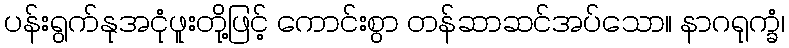
ပန်းရွက်နုအငုံဖူးတို့ဖြင့် ကောင်းစွာ တန်ဆာဆင်အပ်သော။ နာဂရုက္ခံ၊